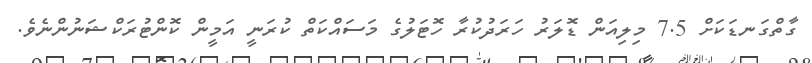
ގާތްގަނޑަކަށް 7.5 މިލިއަން ޑޮލަރު ހަރަދުކުރާ ހޮޓަލުގެ މަސައްކަތް ކުރަނީ އަމީން ކޮންޓުރަކްޝަނުންނެވެ.